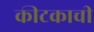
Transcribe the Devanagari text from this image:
कीटकाची